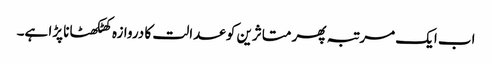
اب ایک مرتبہ پھر متاثرین کو عدالت کا دروازہ کھٹکھٹانا پڑا ہے۔